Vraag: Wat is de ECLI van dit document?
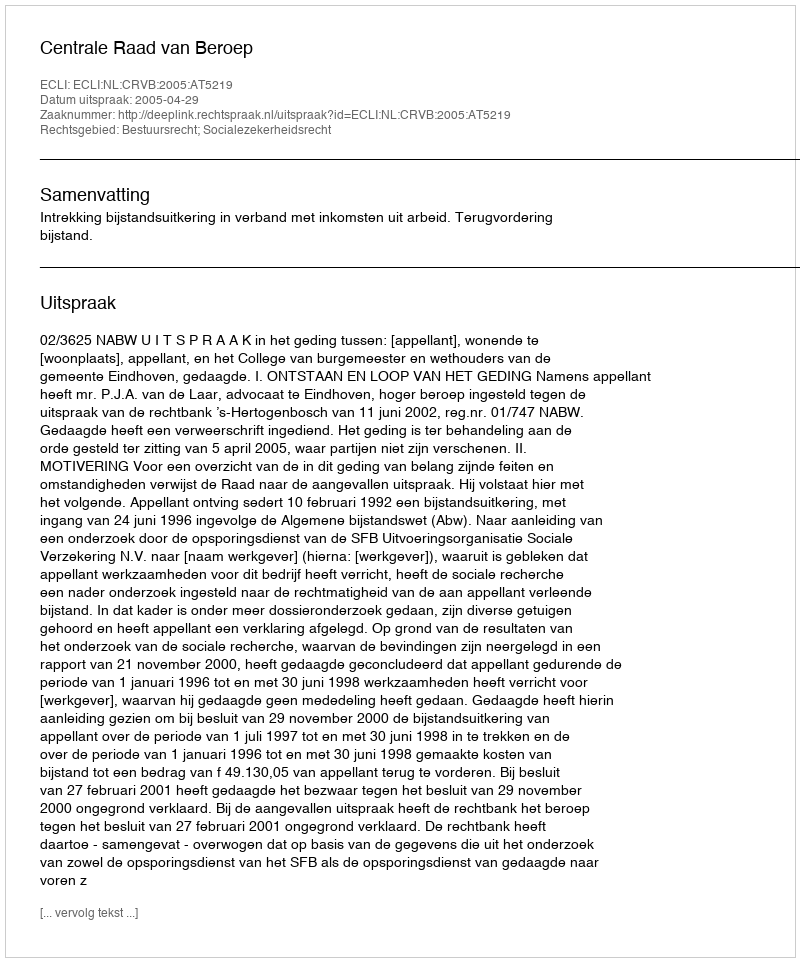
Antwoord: ECLI:NL:CRVB:2005:AT5219